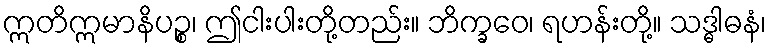
ဣတိဣမာနိပဉ္စ၊ ဤငါးပါးတို့တည်း။ ဘိက္ခဝေ၊ ရဟန်းတို့။ သဒ္ဓါဓနံ၊